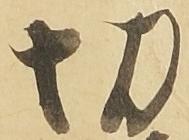
切